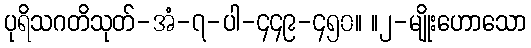
ပုရိသဂတိသုတ်-အံ-၇-ပါ-၄၄၉-၄၅၀။ ။၂-မျိုးဟောသော